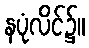
နပုံလိင်၌။